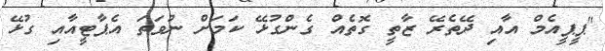
"ޕީޕީއެމް އާއި ދޭތެރޭ ޒާތީ ގޮތެއް ގެންގުޅޭ ކަމަށް ނުވަތަ އެޕާޓީއާއި ގުޅޭ